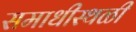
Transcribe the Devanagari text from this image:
समाधीस्थळी